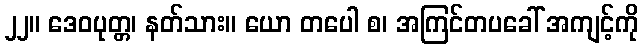
၂၂။ ဒေဝပုတ္တ၊ နတ်သား။ ယော တပေါ စ၊ အကြင်တပခေါ် အကျင့်ကို